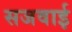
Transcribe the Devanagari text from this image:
सजवाई